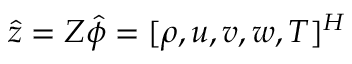
\hat { z } = Z \hat { \phi } = [ \rho , u , v , w , T ] ^ { H }